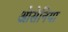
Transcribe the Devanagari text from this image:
ओसेनिया